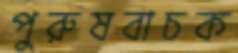
পুরুষবাচক